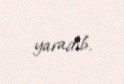
yaradıb.